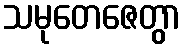
သမုတေဇေတွာ